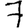
Digit: 7